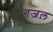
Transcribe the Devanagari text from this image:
ग़जल़